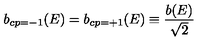
b _ { c p = - 1 } ( E ) = b _ { c p = + 1 } ( E ) \equiv { \frac { b ( E ) } { \sqrt { 2 } } }